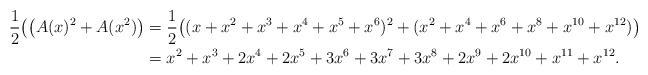
LaTeX: \begin{align*}\frac 12\bigl( \left(A(x)^2 + A(x^2)\right) &= \frac12 \bigl((x+x^2+x^3+x^4+x^5+x^6)^2 + (x^2+x^4+x^6+x^8+x^{10}+x^{12})\bigr)\\&= x^{2}+x^{3}+2 x^{4}+2 x^{5}+3 x^{6}+3 x^{7}+3 x^{8}+2 x^{9}+2 x^{10}+x^{11}+x^{12}.\end{align*}